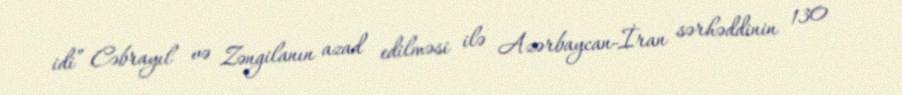
idi” Cəbrayıl və Zəngilanın azad edilməsi ilə Azərbaycan-İran sərhəddinin 130